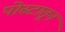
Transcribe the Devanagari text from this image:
पोस्टातून